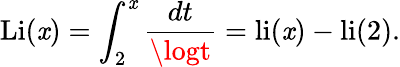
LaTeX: \operatorname{Li}(\mathit{x})=\int_{2}^{\mathit{x}}{\frac{{dt}}{{\logt}}}=\operatorname{li}(\mathit{x})-\operatorname{li}(2).